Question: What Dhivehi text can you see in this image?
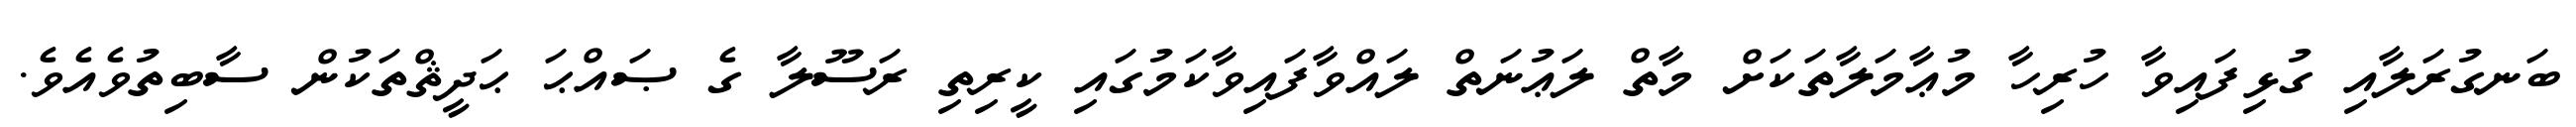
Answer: ބަނގުރަލާއި ގުޅިފައިވާ ހުރިހާ މުޢާމަލާތަކަށް މާތް ލަޢުނަތް ލައްވާފައިވާކަމުގައި ކީރިތި ރަސޫލާ ގެ ޞައްޙަ ޙަދީޘްތަކުން ސާބިތުވެއެވެ.